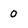
Character: 0